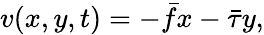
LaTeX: {v}(x,y,t)=-\bar{f}x-\bar{\tau}y,